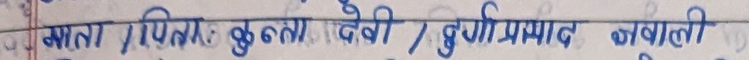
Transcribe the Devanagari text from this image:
माता/पिता: कुन्ता देवी / दुर्गा प्रसाद नवाती